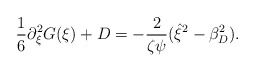
\begin{align*}\frac{1}{6} \partial_\xi^2 G(\xi) + D = -\frac{2}{\zeta \psi} (\hat{\xi}^2 - \beta_D^2).\end{align*}